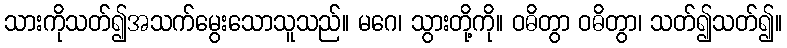
သားကိုသတ်၍အသက်မွေးသောသူသည်။ မဂေ၊ သွားတို့ကို။ ဝဓိတွာ ဝဓိတွာ၊ သတ်၍သတ်၍။